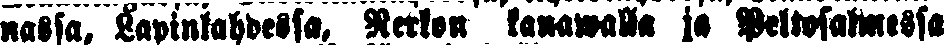
nassa, Lapinlahdella, Rerkon kanawalla ja Peltosalmessa